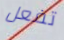
تفعل